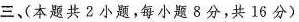
三、(本题共2小题，每小题8分，共16分)